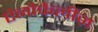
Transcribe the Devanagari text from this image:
ऐनोफेलीज़